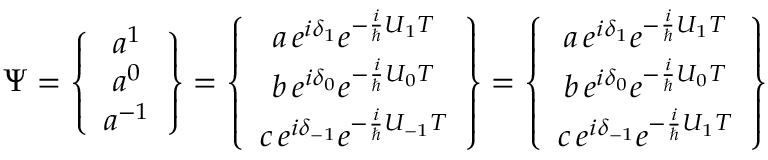
\Psi = \left\{ \begin{array} { c } { { a ^ { 1 } } } \\ { { a ^ { 0 } } } \\ { { a ^ { - 1 } } } \end{array} \right\} = \left\{ \begin{array} { c } { { a \, e ^ { i \delta _ { 1 } } e ^ { - \frac { i } { \hbar } U _ { 1 } T } } } \\ { { b \, e ^ { i \delta _ { 0 } } e ^ { - \frac { i } { \hbar } U _ { 0 } T } } } \\ { { c \, e ^ { i \delta _ { - 1 } } e ^ { - \frac { i } { \hbar } U _ { - 1 } T } } } \end{array} \right\} = \left\{ \begin{array} { c } { { a \, e ^ { i \delta _ { 1 } } e ^ { - \frac { i } { \hbar } U _ { 1 } T } } } \\ { { b \, e ^ { i \delta _ { 0 } } e ^ { - \frac { i } { \hbar } U _ { 0 } T } } } \\ { { c \, e ^ { i \delta _ { - 1 } } e ^ { - \frac { i } { \hbar } U _ { 1 } T } } } \end{array} \right\}